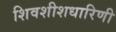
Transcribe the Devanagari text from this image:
शिवशीशधारिणी